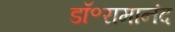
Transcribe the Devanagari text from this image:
डॉ॰रामानंद